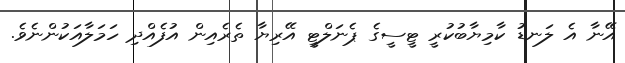
އޭނާ އެ ލަނޑު ކާމިޔާބުކުރީ ޓީސީގެ ޕެނަލްޓީ އޭރިޔާ ތެރެއިން އުފެއްދި ހަމަލާއަކުންނެވެ.